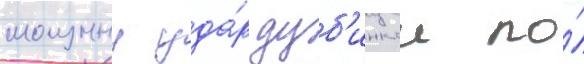
мощныи уда́р дуб'инкои по́